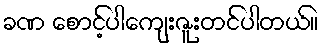
ခဏ စောင့်ပါကျေးဇူးတင်ပါတယ်။